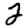
Digit: 2